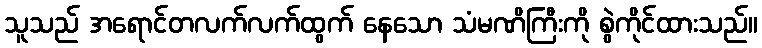
သူသည် အရောင်တလက်လက်ထွက် နေသော သံမဏိကြီးကို စွဲကိုင်ထားသည်။